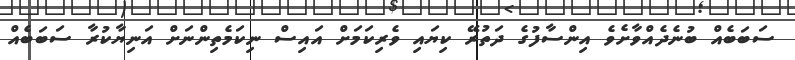
ސަބަބެއް ބުނެދެއްވާށެވެ އިންސާފުގެ ދަތުރޭ ކިޔައި ވެރިކަމަށް އައިސް ނިކަމެތިންނަށް އަނިޔާކުރާ ސަބަބެއް